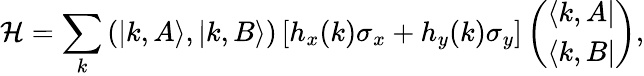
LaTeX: \mathcal{H}=\sum_{k}\left(|k,A\rangle,|k,B\rangle\right)\left[h_{x}(k)\sigma_{x}+h_{y}(k)\sigma_{y}\right]\left(\begin{array}{l}{\langle k,A|}\\ {\langle k,B|}\end{array}\right),